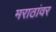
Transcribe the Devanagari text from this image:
मराठांवर